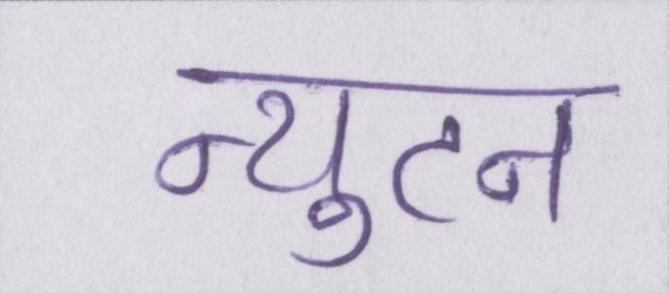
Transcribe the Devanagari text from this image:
न्युटन